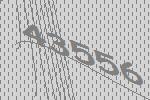
43556